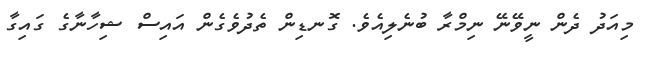
މިއަދު ދެން ނީވޭނޭ ނިމްރާ ބުނެލިއެވެ. ގޮނޑިން ތެދުވެގެން އައިސް ޝިހާނާގެ ގައިގާ